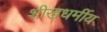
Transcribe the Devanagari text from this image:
शीखधर्मीय